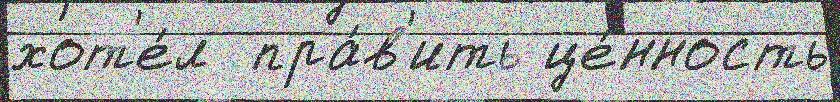
хот'е́л  пра́в'ить це́нность